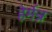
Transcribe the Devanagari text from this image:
हेर्मन्न